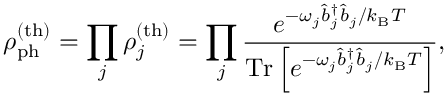
\rho _ { \mathrm { p h } } ^ { \mathrm { ( t h ) } } = \prod _ { j } \rho _ { j } ^ { \mathrm { ( t h ) } } = \prod _ { j } \frac { e ^ { - \omega _ { j } \hat { b } _ { j } ^ { \dagger } \hat { b } _ { j } / k _ { \mathrm { B } } T } } { \mathrm { T r } \left[ e ^ { - \omega _ { j } \hat { b } _ { j } ^ { \dagger } \hat { b } _ { j } / k _ { \mathrm { B } } T } \right] } ,